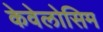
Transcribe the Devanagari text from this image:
केवेलोसिम